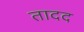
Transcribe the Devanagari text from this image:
तादद